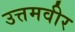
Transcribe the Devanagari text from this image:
उत्तमवीर